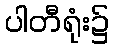
ပါတီရုံး၌